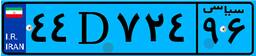
۴۴D۷۲۴۹۶